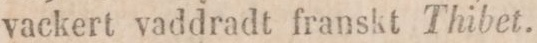
vackert vaddradt franskt Thibet.